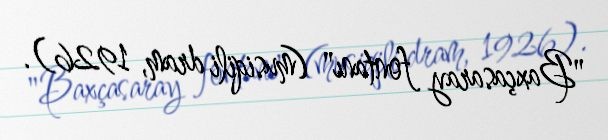
"Baxçasaray fontanı" (musiqili dram, 1926).